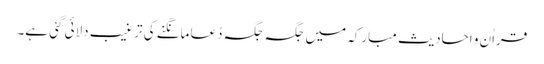
قراٰن و احادیثِ مبارَکہ میں جگہ جگہ دُعا مانگنے کی ترغیب دلائی گئی ہے۔